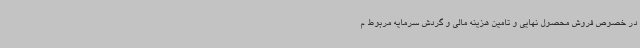
در خصوص فروش محصول نهایی و تامین هزینه مالی و گردش سرمایه مربوط م